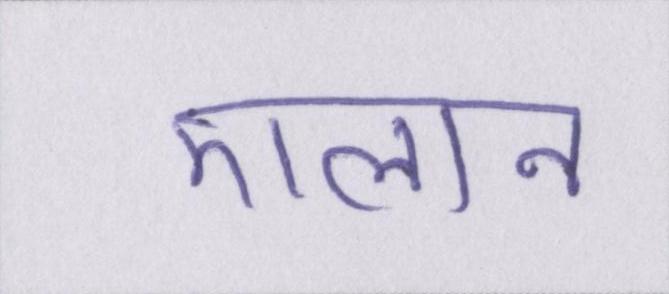
एलान